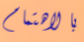
بالاهتمام